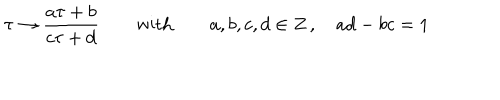
LaTeX: \tau \rightarrow \frac { a \tau + b } { c \tau + d } \qquad \textrm { w i t h } \qquad a , b , c , d \in Z \, , \quad a d - b c = 1